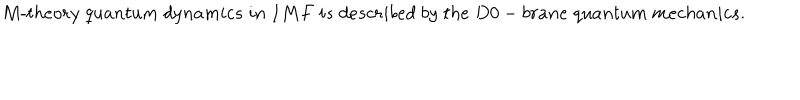
M \mathrm { - } t h e o r y \; q u a n t u m \; d y n a m i c s \; i n \; I M F \; i s \; d e s c r i b e d \; b y \; t h e \; D 0 - b r a n e \; q u a n t u m \; m e c h a n i c s .